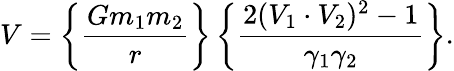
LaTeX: V=\left\{ {\frac{Gm_{1}m_{2}}{r}}\right\} \left\{ {\frac{2(V_{1}\cdot V_{2})^{2}-1}{\gamma_{1}\gamma_{2}}}\right\} .